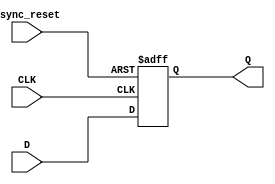
module neg_edge_dff (input D, input CLK, input async_reset, output reg Q);

    always @(negedge CLK or posedge async_reset) begin
        if (async_reset) begin
            Q <= 0;  // reset Q to 0
        end else begin
            Q <= D;  // latching D input on falling edge of CLK
        end
    end

endmodule